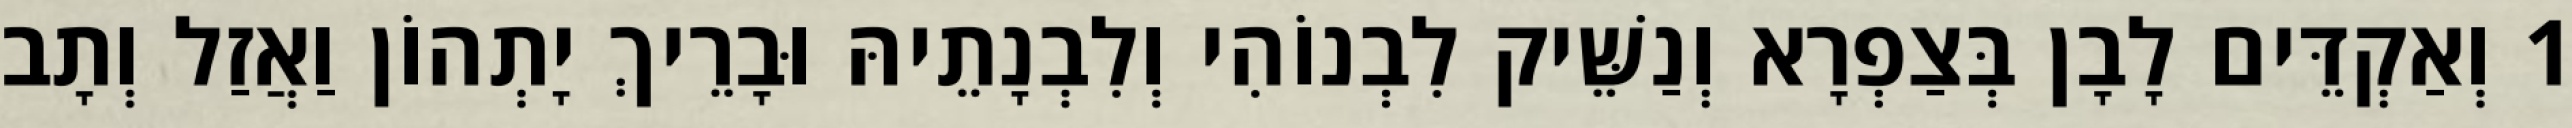
1 וְאַקְדֵּים לָבָן בְּצַפְרָא וְנַשֵּׁיק לִבְנוֹהִי וְלִבְנָתֵיהּ וּבָרֵיךְ יָתְהוֹן וַאֲזַל וְתָב